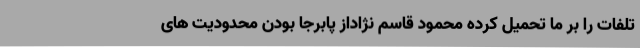
تلفات را بر ما تحمیل کرده محمود قاسم نژاداز پابرجا بودن محدودیت های